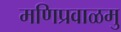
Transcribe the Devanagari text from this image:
मणिप्रवाळमु